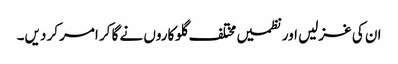
ان کی غزلیں اور نظمیں مختلف گلوکاروں نے گا کر امر کر دیں۔